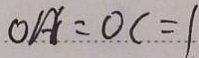
O A ^ { \prime } = O C = 1